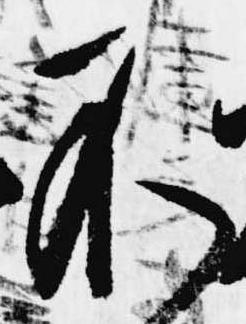
不